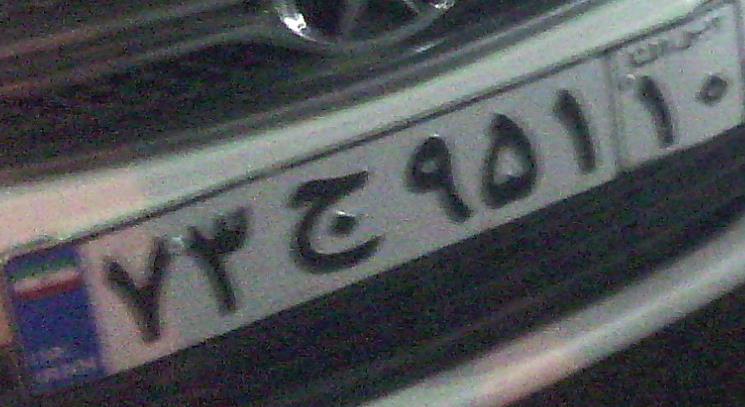
۷۳ج۹۵۱۱۰